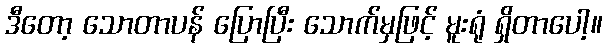
ဒီတော့ သောတာပန် ပြောပြီး သောက်မှဖြင့် မူးရုံ ရှိတာပေါ့။